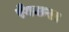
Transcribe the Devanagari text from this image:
रँगकर।